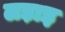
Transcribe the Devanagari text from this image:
लड़ाइ